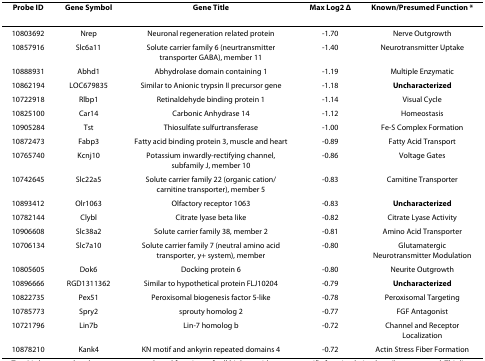
<table><thead><tr><td><b>Probe ID</b></td><td><b>Gene Symbol</b></td><td><b>Gene Title</b></td><td><b>Max Log2 Δ</b></td><td><b>Known/Presumed Function *</b></td></tr></thead><tbody><tr><td>10803692</td><td>Nrep</td><td>Neuronal regeneration related protein</td><td>-1.70</td><td>Nerve Outgrowth</td></tr><tr><td>10857916</td><td>Slc6a11</td><td>Solute carrier family 6 (neurtransmitter transporter GABA), member 11</td><td>-1.40</td><td>Neurotransmitter Uptake</td></tr><tr><td>10888931</td><td>Abhd1</td><td>Abhydrolase domain containing 1</td><td>-1.19</td><td>Multiple Enzymatic</td></tr><tr><td>10862194</td><td>LOC679835</td><td>Similar to Anionic trypsin II precursor gene</td><td>-1.18</td><td><b>Uncharacterized</b></td></tr><tr><td>10722918</td><td>Rlbp1</td><td>Retinaldehyde binding protein 1</td><td>-1.14</td><td>Visual Cycle</td></tr><tr><td>10825100</td><td>Car14</td><td>Carbonic Anhydrase 14</td><td>-1.12</td><td>Homeostasis</td></tr><tr><td>10905284</td><td>Tst</td><td>Thiosulfate sulfurtransferase</td><td>-1.00</td><td>Fe-S Complex Formation</td></tr><tr><td>10872473</td><td>Fabp3</td><td>Fatty acid binding protein 3, muscle and heart</td><td>-0.89</td><td>Fatty Acid Transport</td></tr><tr><td>10765740</td><td>Kcnj10</td><td>Potassium inwardly-rectifying channel, subfamily J, member 10</td><td>-0.86</td><td>Voltage Gates</td></tr><tr><td>10742645</td><td>Slc22a5</td><td>Solute carrier family 22 (organic cation/carnitine transporter), member 5</td><td>-0.83</td><td>Carnitine Transporter</td></tr><tr><td>10893412</td><td>Olr1063</td><td>Olfactory receptor 1063</td><td>-0.83</td><td><b>Uncharacterized</b></td></tr><tr><td>10782144</td><td>Clybl</td><td>Citrate lyase beta like</td><td>-0.82</td><td>Citrate Lyase Activity</td></tr><tr><td>10906608</td><td>Slc38a2</td><td>Solute carrier family 38, member 2</td><td>-0.81</td><td>Amino Acid Transporter</td></tr><tr><td>10706134</td><td>Slc7a10</td><td>Solute carrier family 7 (neutral amino acid transporter, y+ system), member</td><td>-0.80</td><td>Glutamatergic Neurotransmitter Modulation</td></tr><tr><td>10805605</td><td>Dok6</td><td>Docking protein 6</td><td>-0.80</td><td>Neurite Outgrowth</td></tr><tr><td>10896666</td><td>RGD1311362</td><td>Similar to hypothetical protein FLJ10204</td><td>-0.79</td><td><b>Uncharacterized</b></td></tr><tr><td>10822735</td><td>Pex51</td><td>Peroxisomal biogenesis factor 5-like</td><td>-0.78</td><td>Peroxisomal Targeting</td></tr><tr><td>10785773</td><td>Spry2</td><td>sprouty homolog 2</td><td>-0.77</td><td>FGF Antagonist</td></tr><tr><td>10721796</td><td>Lin7b</td><td>Lin-7 homolog b</td><td>-0.72</td><td>Channel and Receptor Localization</td></tr><tr><td>10878210</td><td>Kank4</td><td>KN motif and ankyrin repeated domains 4</td><td>-0.72</td><td>Actin Stress Fiber Formation</td></tr></tbody></table>